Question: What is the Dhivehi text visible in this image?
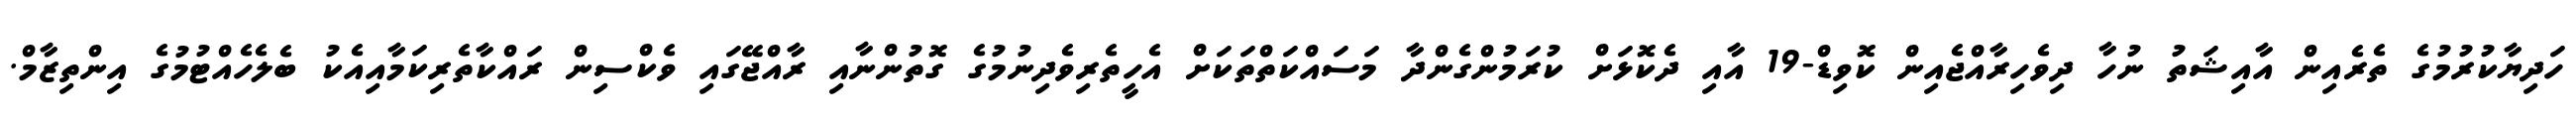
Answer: ހަދިޔާކުރުމުގެ ތެރެއިން އާއިޝަތު ނުހާ ދިވެހިރާއްޖެއިން ކޮވިޑް-19 އާއި ދެކޮޅަށް ކުރަމުންގެންދާ މަސައްކަތްތަކަށް އެހީތެރިވެދިނުމުގެ ގޮތުންނާއި ރާއްޖޭގައި ވެކްސިން ރައްކާތެރިކަމާއިއެކު ބެލެހެއްޓުމުގެ އިންތިޒާމް.